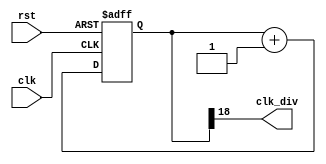
`timescale 1ns / 1ps
//////////////////////////////////////////////////////////////////////////////////
// Company: 
// Engineer: 
// 
// Design Name: 
// Module Name: clk_gen
// Project Name: 
// Target Devices: 
// Tool Versions: 
// Description: 
// 
// Dependencies: 
// 
// Revision:
// Revision 0.01 - File Created
// Additional Comments:
// 
//////////////////////////////////////////////////////////////////////////////////


module clk_gen(
    input clk,
    input rst,
    output clk_div
    );
    
    reg [26:0] cnt;
    initial cnt = 0;
    
    always @ (posedge clk, posedge rst) // counter to divide the system clock
        begin
            cnt <= cnt + 1;
            // asynchronous reset
            if (rst) cnt <= 0;
        end
        
     // roughly 200hz to hanndle 4 seven seg displays refreshing at 50Hz each    
    assign clk_div = cnt[18];
    
endmodule